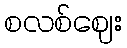
စလစ်ဈေး